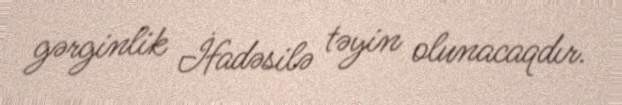
gərginlik İfadəsilə təyin olunacaqdır.